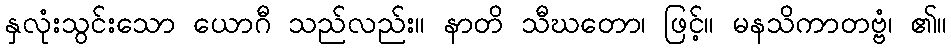
နှလုံးသွင်းသော ယောဂီ သည်လည်း။ နာတိ သီဃတော၊ ဖြင့်။ မနသိကာတဗ္ဗံ၊ ၏။